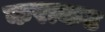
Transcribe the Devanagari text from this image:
कराकट